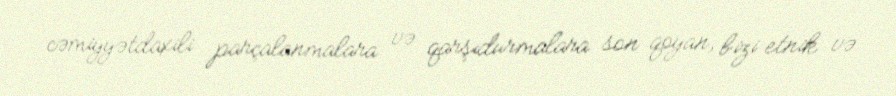
cəmiyyətdaxili parçalanmalara və qarşıdurmalara son qoyan, bizi etnik və